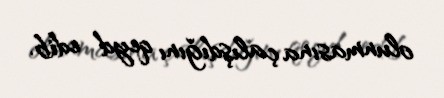
olunmasına çalışdığını qeyd edib.